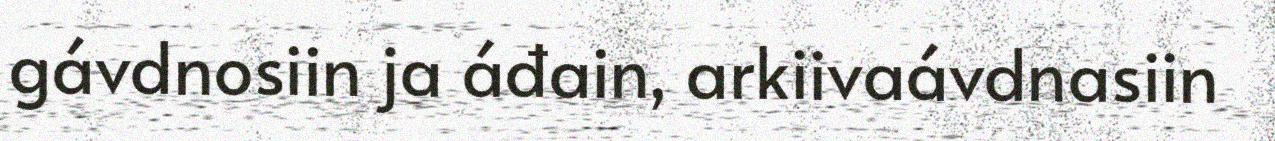
gávdnosiin ja áđain, arkiivaávdnasiin